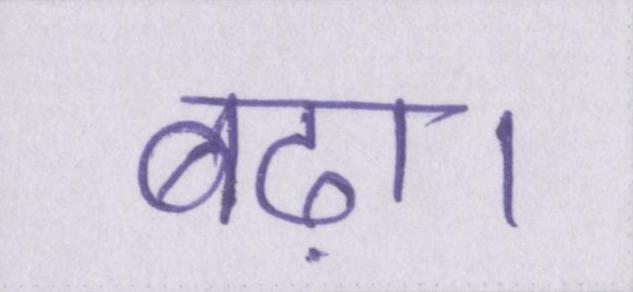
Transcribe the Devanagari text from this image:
बढ़ा।